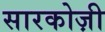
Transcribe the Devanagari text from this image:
सारकोज़ी